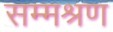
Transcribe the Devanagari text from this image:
सम्मश्रण